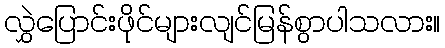
လွှဲပြောင်းဖိုင်များလျင်မြန်စွာပါသလား။